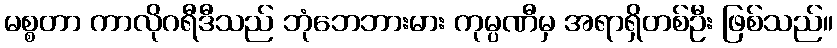
မစ္စတာ ကာလိုဂရီဒီသည် ဘုံဘေဘားမား ကုမ္ပဏီမှ အရာရှိတစ်ဦး ဖြစ်သည်။